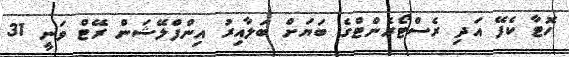
ހޮޓާ ކެފޭ އަދި ރެސްޓޯރެންޓްގެ ބަޔަށް ބަލާއިރު އިންފްލޭޝަން ރޭޓް ވަނީ 31